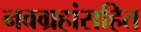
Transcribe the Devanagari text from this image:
नवग्रहांसहित